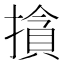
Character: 𰔣